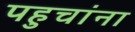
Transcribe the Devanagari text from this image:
पहुचांना